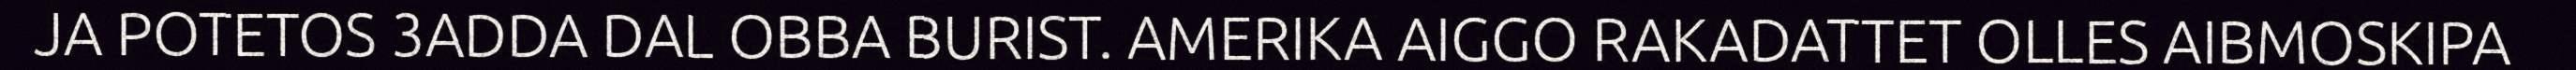
JA POTETOS 3ADDA DAL OBBA BURIST. AMERIKA AIGGO RAKADATTET OLLES AIBMOSKIPA